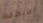
لمنطقة